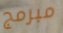
مبرمج